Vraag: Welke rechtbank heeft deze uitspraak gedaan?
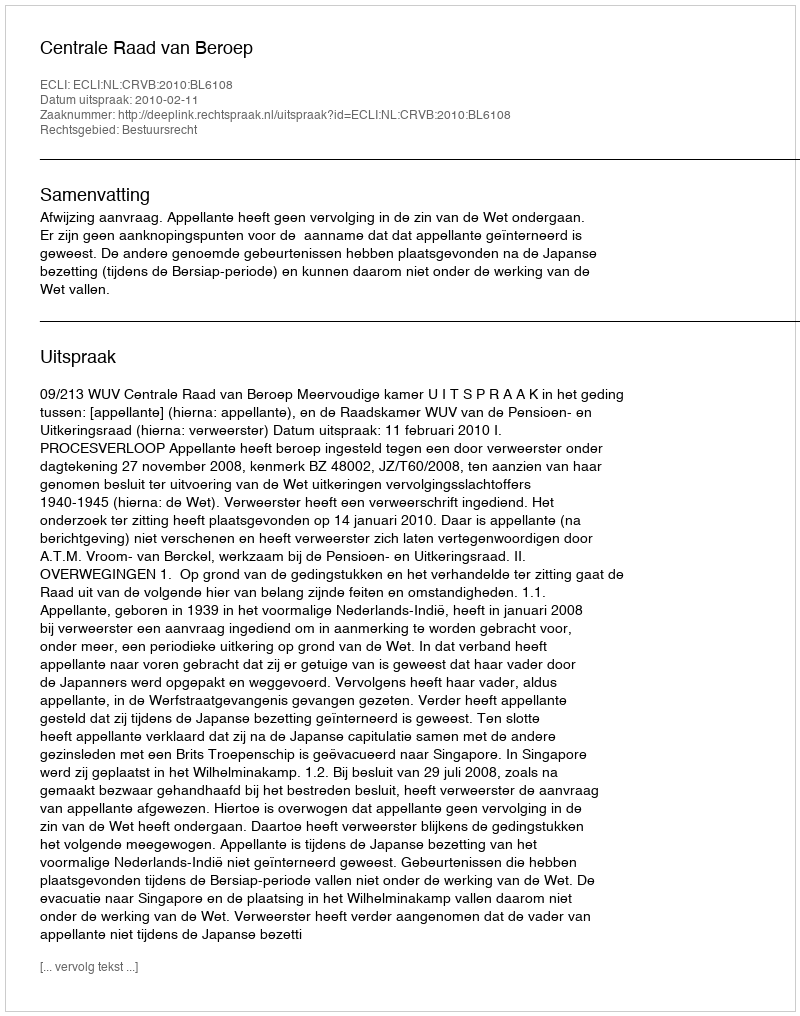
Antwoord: Centrale Raad van Beroep